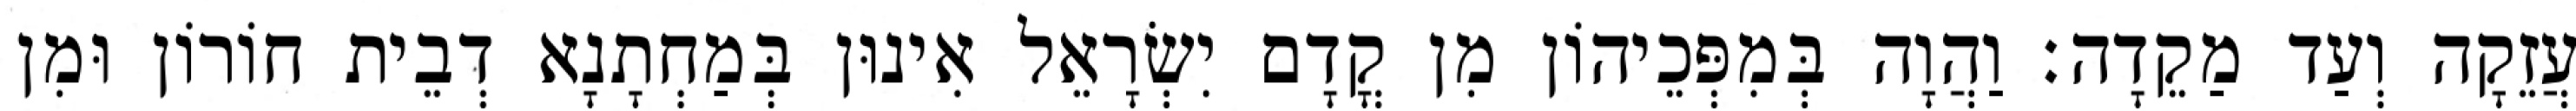
עֲזֵקָה וְעַד מַקֵדָה׃ וַהֲוָה בְּמִפְּכֵיהוֹן מִן קֳדָם יִשְׂרָאֵל אִינוּן בְּמַחְתָנָא דְבֵית חוֹרוֹן וּמִן